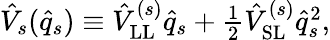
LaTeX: \begin{array}{r}{\hat{V}_{s}(\hat{q}_{s})\equiv\hat{V}_{\mathrm{LL}}^{(s)}\hat{q}_{s}+\frac{1}{2}\hat{V}_{\mathrm{SL}}^{(s)}\hat{q}_{s}^{2},}\end{array}